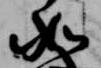
如